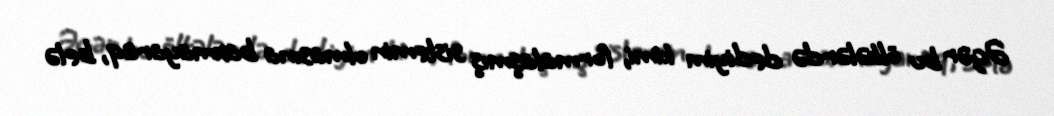
Əgər bu ölkələrdə dediyim kimi, formalaşmış sistemin olmasına baxmayaraq, belə